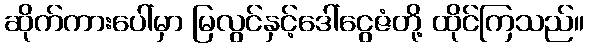
ဆိုက်ကားပေါ်မှာ မြလွင်နှင့်ဒေါ်ငွေဇံတို့ ထိုင်ကြသည်။